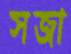
সজা